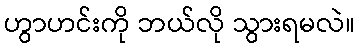
ဟွာဟင်းကို ဘယ်လို သွားရမလဲ။